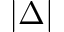
| \Delta |